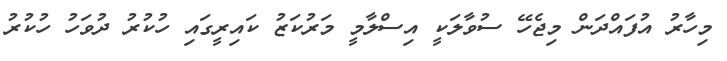
މިހާރު އުފައްދަން މިޖެހޭ ސުވާލަކީ އިސްލާމީ މަރުކަޒު ކައިރީގައި ހުކުރު ދުވަހު ހުކުރު